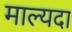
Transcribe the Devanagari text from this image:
माल्यदा